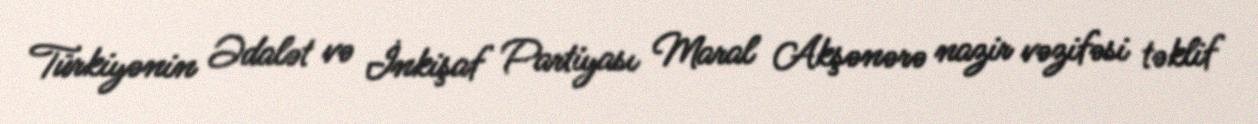
Türkiyənin Ədalət və İnkişaf Partiyası Maral Akşənərə nazir vəzifəsi təklif